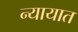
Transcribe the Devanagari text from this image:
न्यायात